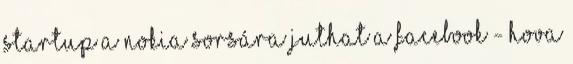
startup A Nokia sorsára juthat a Facebook - hova